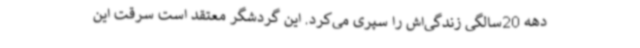
دهه 20سالگی زندگی‌اش را سپری می‌کرد. این گردشگر معتقد است سرقت این